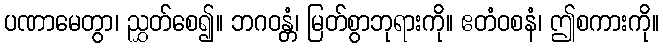
ပဏာမေတွာ၊ ညွှတ်စေ၍။ ဘဂဝန္တံ၊ မြတ်စွာဘုရားကို။ ဧတံဝစနံ၊ ဤစကားကို။